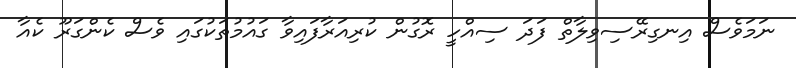
ނަމަވެސް އިނގިރޭސިވިލާތް ފަދަ ސިއްހީ ރޮގުން ކުރިއަރާފައިވާ ގައުމުތަކުގައި ވެސް ކެންގަރޫ ކެއާ